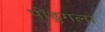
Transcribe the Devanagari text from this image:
पोंडुगला